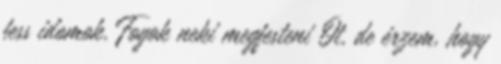
fess idomok. Fogok neki megfesteni Őt, de érzem, hogy